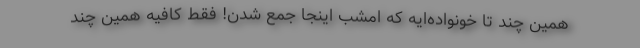
همین چند تا خونواده‌ایه که امشب اینجا جمع شدن! فقط کافیه همین چند